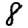
Digit: 8